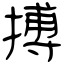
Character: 搏